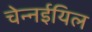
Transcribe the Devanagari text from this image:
चेन्नईयिल